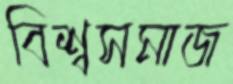
বিশ্বসমাজ